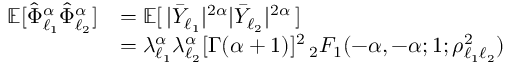
\begin{array} { r l } { { \mathbb E } [ \hat { \Phi } _ { \ell _ { 1 } } ^ { \alpha } \hat { \Phi } _ { \ell _ { 2 } } ^ { \alpha } ] } & { = { \mathbb E } [ \, | \bar { Y } _ { \ell _ { 1 } } | ^ { 2 \alpha } | \bar { Y } _ { \ell _ { 2 } } | ^ { 2 \alpha } \, ] } \\ & { = \lambda _ { \ell _ { 1 } } ^ { \alpha } \lambda _ { \ell _ { 2 } } ^ { \alpha } [ \Gamma ( \alpha + 1 ) ] ^ { 2 } \, _ { 2 } F _ { 1 } ( - \alpha , - \alpha ; 1 ; \rho _ { \ell _ { 1 } \ell _ { 2 } } ^ { 2 } ) } \end{array}